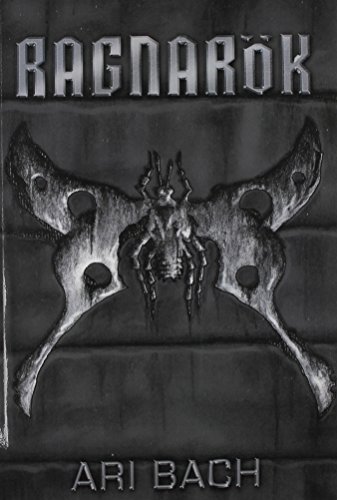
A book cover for Ragnarok; Ari Bach; Teen & Young Adult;